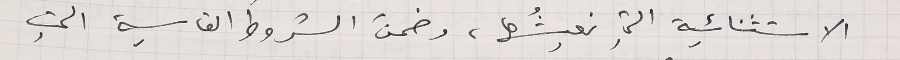
الاستثنائية التي نعيشُها، وضمنَ الشروطَ القاسية التي